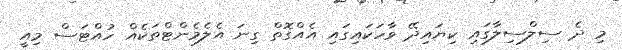
މި ދެ ސިލްސިލާގައި ކިޔައިދޭ ވާހަކައިގައި އެއްގޮތް ގިނަ އެލެމެންޓްތަކެއް ހުއްޓަސް މިއީ